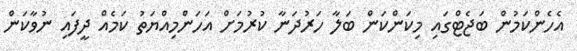
އެހެންކަމުން ބަޖެޓްގައި މިކަންކަން ބަލާ ހަރުދަނާ ކުރުމަށް އަހަންމިއްޔަތު ކަމެއް ދީފައި ނުވާކަން